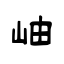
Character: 岫